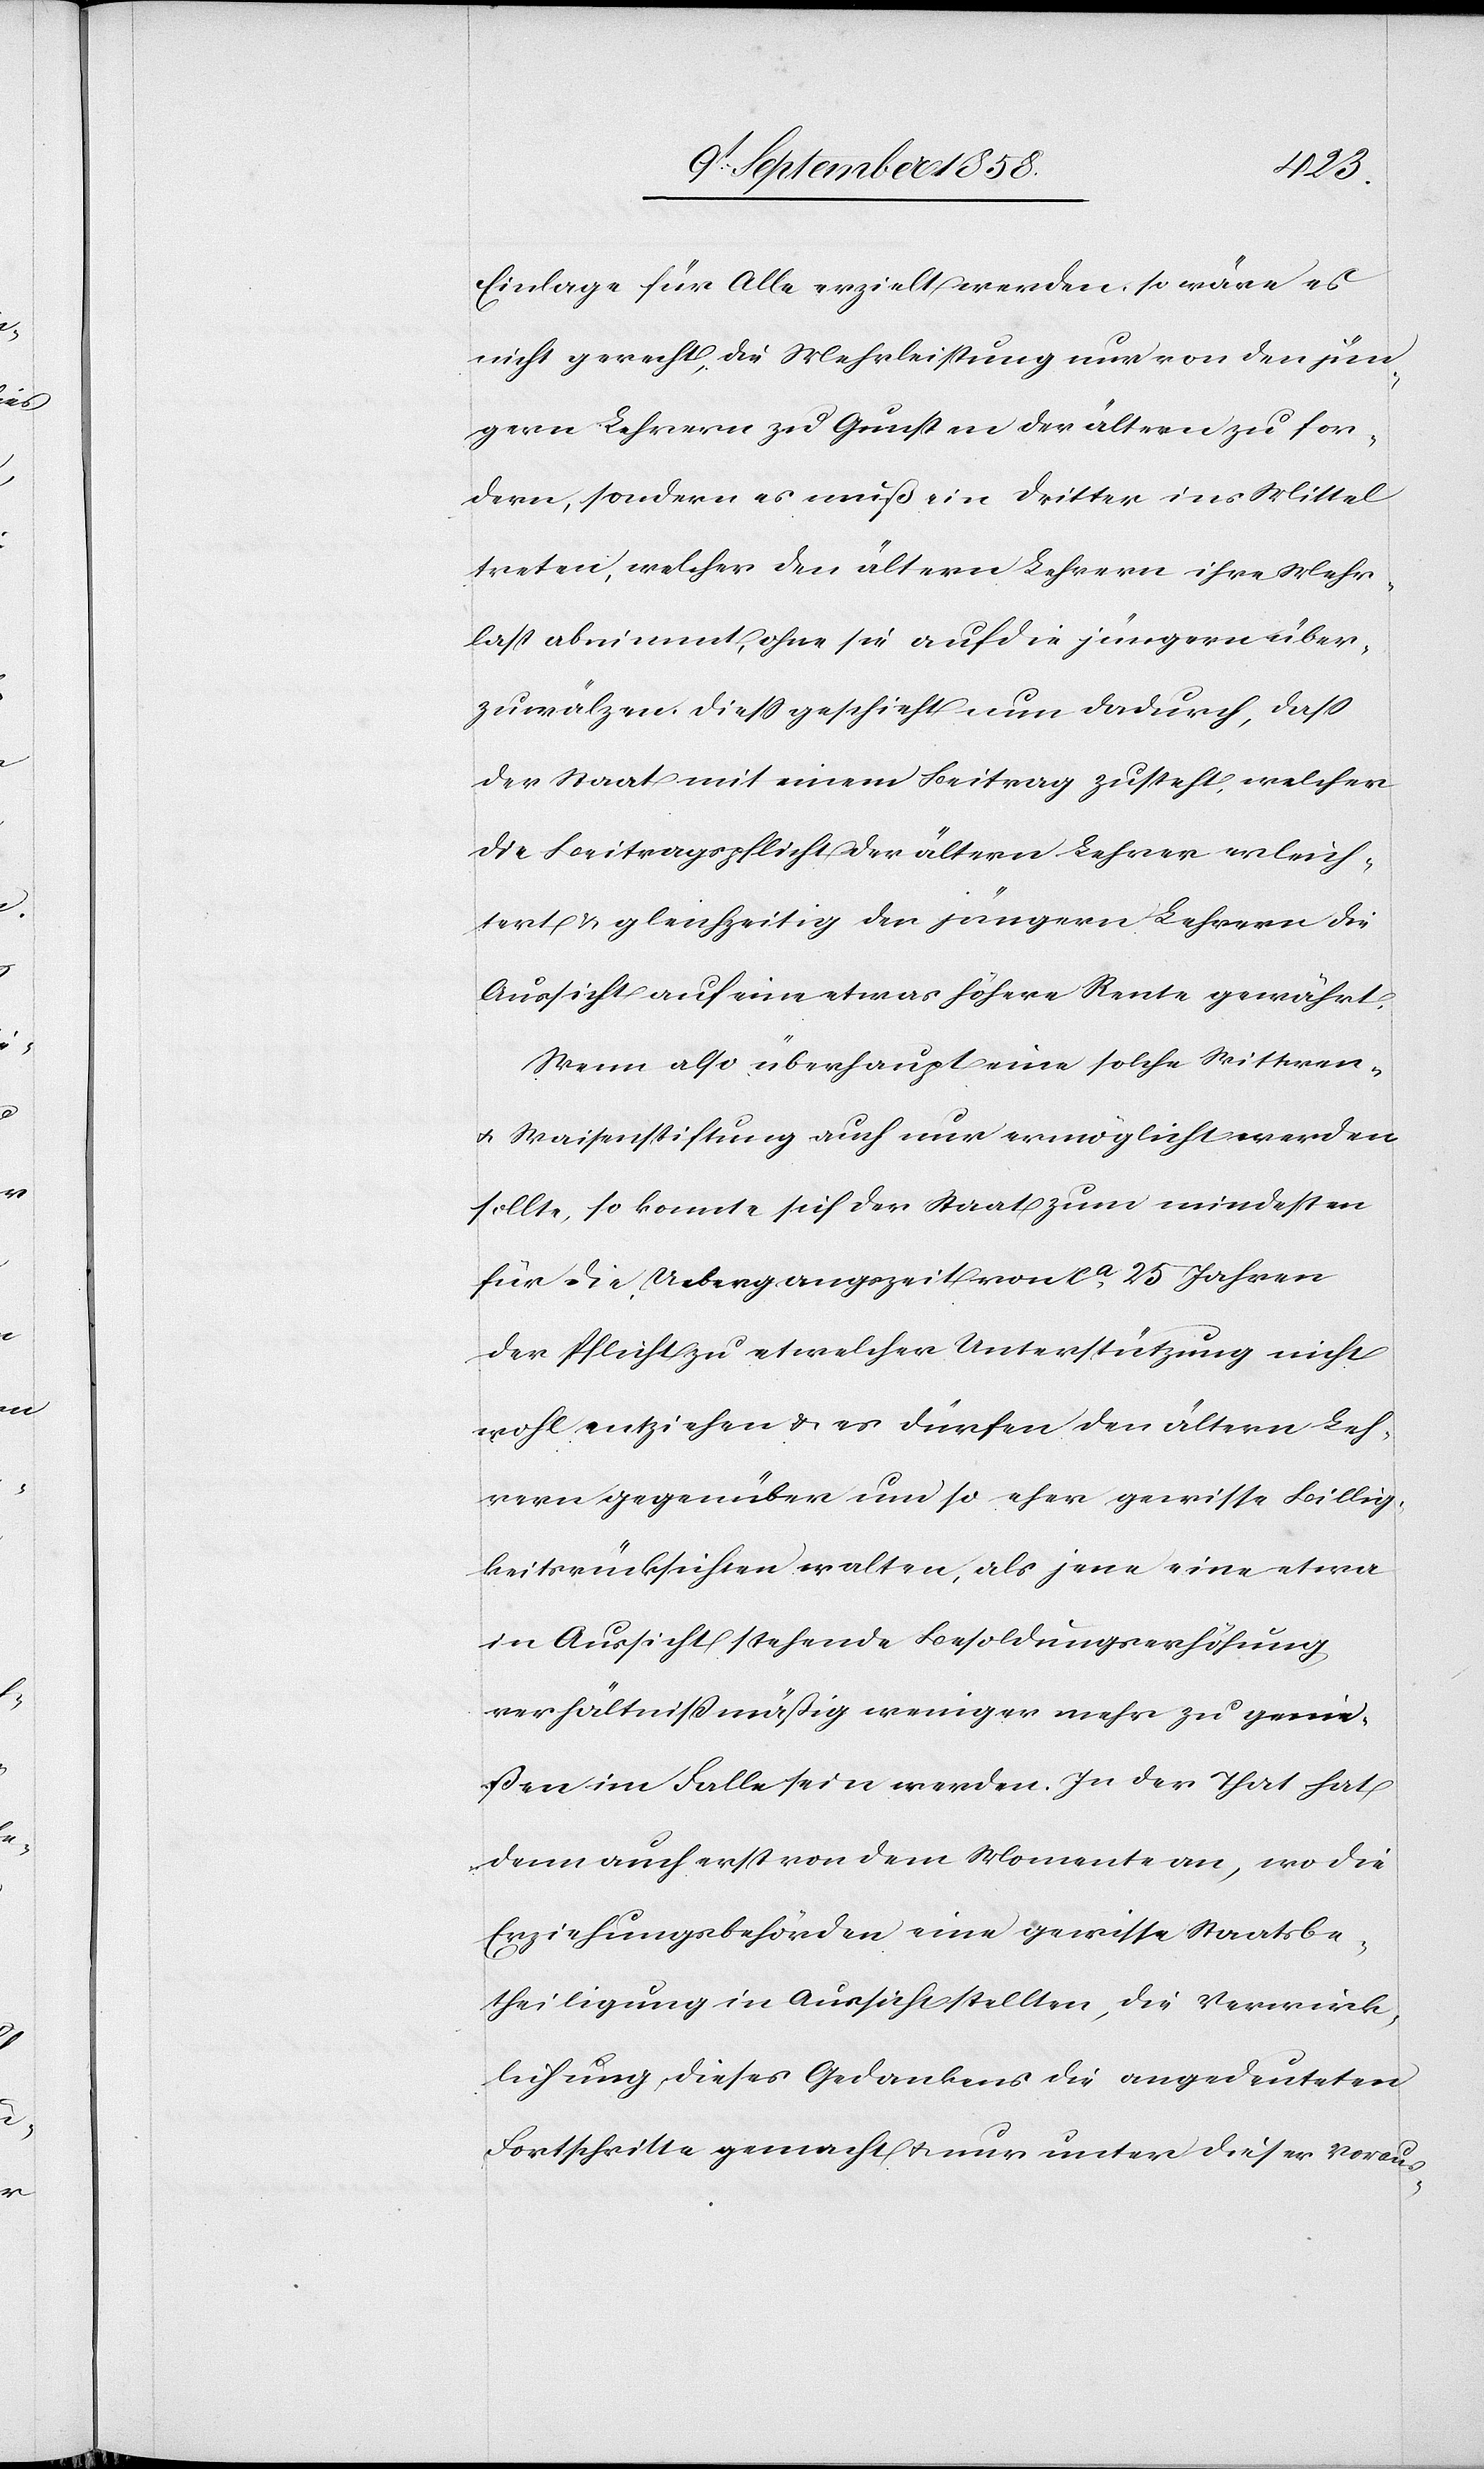
Einlage für Alle erzielt werden, so wäre es
nicht gerecht, die Mehrleistung nur von den jün¬
gern Lehrern zu Gunsten der ältern zu for¬
dern, sondern es muß ein Dritter ins Mittel
treten, welcher den ältern Lehrern ihre Mehr¬
last abnimmt, ohne sie auf die jüngern über¬
zuwälzen. Diess geschieht nun dadurch, dass
der Staat mit einem Beitrag zusteht, welcher
die Beitragspflicht der ältern Lehrer erleich¬
tert & gleichzeitig den jüngern Lehrern die
Aussicht auf eine etwas höhere Rente gewährt.
Wenn also überhaupt eine solche Wittwen-
& Waisenstiftung auch nur ermöglicht werden
sollte, so konnte sich der Staat zum mindesten
für die Uebergangszeit von ca 25 Jahren
der Pflicht zu etwelcher Unterstützung nicht
wohl entziehen & es dürfen den ältern Leh¬
rern gegenüber um so eher gewisse Billig¬
keitsrücksichten walten, als jene eine etwa
in Aussicht stehende Besoldungserhöhung
verhältnißmäßig weniger mehr zu genie¬
ßen im Falle sein werden. In der That hat
denn auch erst von dem Momente an, wo die
Erziehungsbehörden eine gewisse Staatsbe¬
theiligung in Aussicht stellten, die Verwirk¬
lichung dieses Gedankens die angedeuteten
Fortschritte gemacht & nur unter dieser Voraus-